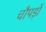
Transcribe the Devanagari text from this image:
चौपड़ों